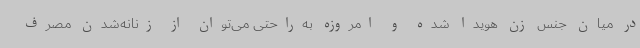
در میان جنس زن هویدا شده و امروزه به‌راحتی می‌توان از زنانه‌شدن مصرف